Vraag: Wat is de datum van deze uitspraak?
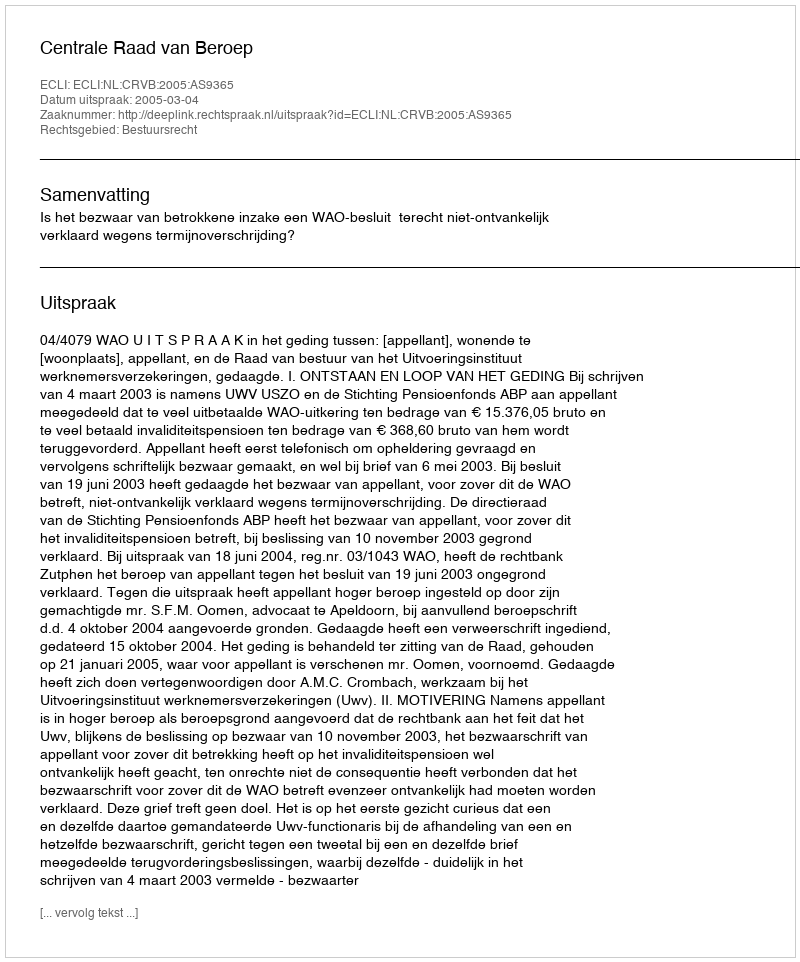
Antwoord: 2005-03-04